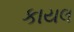
કાયલ